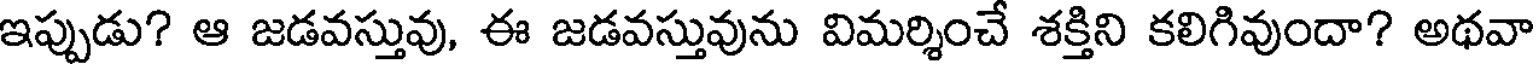
ఇప్పుడు? ఆ జడవస్తువు, ఈ జడవస్తువును విమర్శించే శక్తిని కలిగివుందా? అథవా